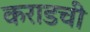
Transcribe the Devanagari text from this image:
कराडची